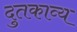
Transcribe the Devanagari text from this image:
दुतकाव्य